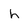
Character: h